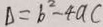
\Delta = b ^ { 2 } - 4 a c